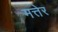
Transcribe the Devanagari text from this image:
मत्तेर